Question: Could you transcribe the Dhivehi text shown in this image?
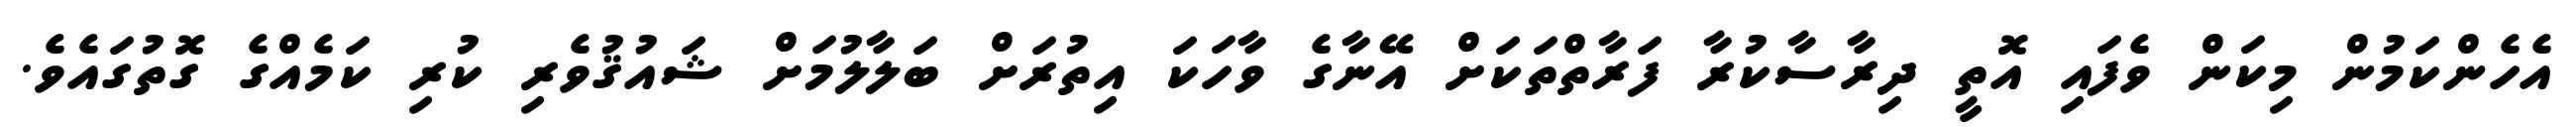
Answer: އެހެންކަމުން މިކަން ވެފައި އޮތީ ދިރާސާކުރާ ފަރާތްތަކަށް އޭނާގެ ވާހަކަ އިތުރަށް ބަލާލުމަށް ޝައުޤުވެރި ކުރި ކަމެއްގެ ގޮތުގައެވެ.